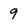
Character: 9